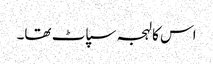
اس کا لہجہ سپاٹ تھا۔